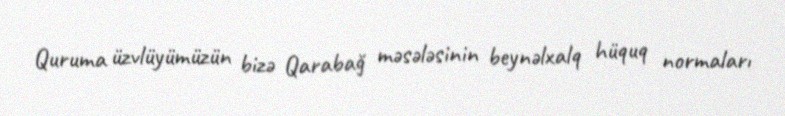
Quruma üzvlüyümüzün bizə Qarabağ məsələsinin beynəlxalq hüquq normaları